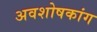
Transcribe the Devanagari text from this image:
अवशोषकांग